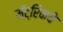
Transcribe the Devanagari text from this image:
मॅट्रिकचे